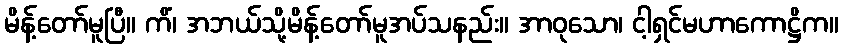
မိန့်တော်မူပြီ။ ကိံ၊ အဘယ်သို့မိန့်တော်မူအပ်သနည်း။ အာဝုသော၊ ငါ့ရှင်မဟာကောဋ္ဌိက။